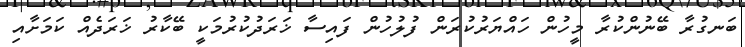
ބަނގުރާ ބޭނުންކުރާ މީހުން ހައްޔަރުކުރަން ފުލުހުން ފައިސާ ޚަރަދުކުރުމަކީ ބޭކާރު ޚަރަދެއް ކަމަށާއި